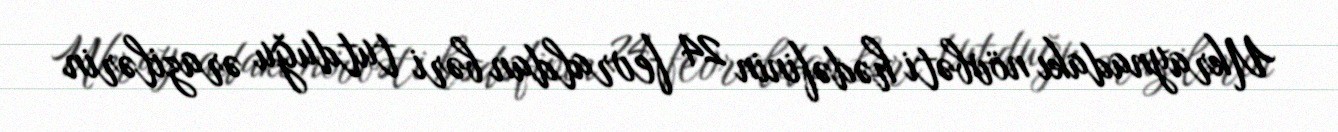
Ukraynadakı növbəti hədəfinin 24 fevraldan bəri tutduğu ərazilərin